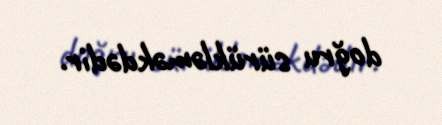
doğru sürükləməkdədir.